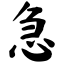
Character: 急